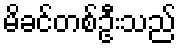
မိခင်တစ်ဦးသည်